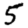
Digit: 5